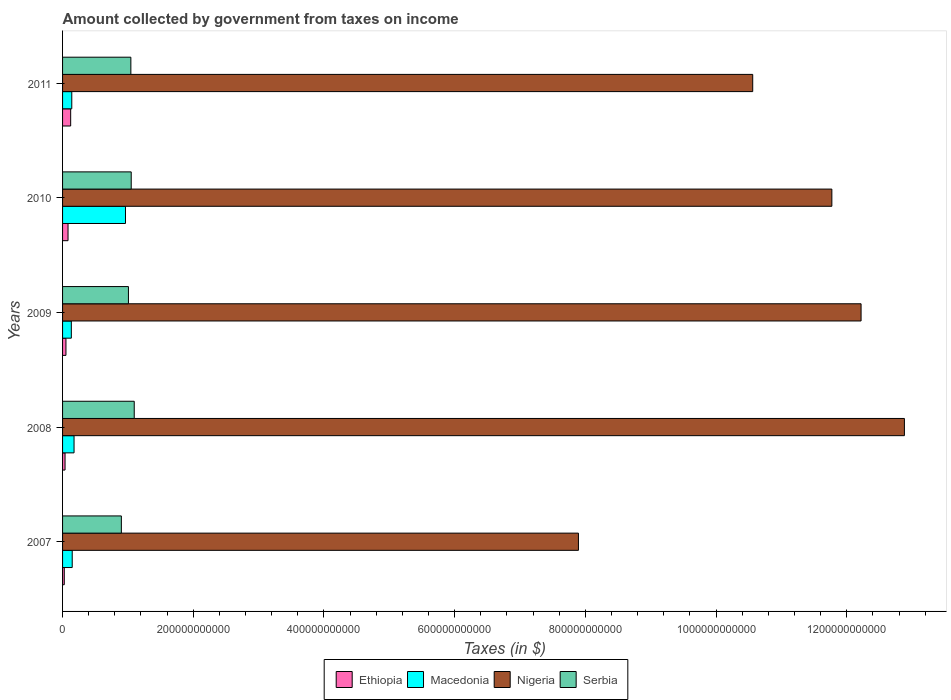
| Years | Ethiopia | Macedonia | Nigeria | Serbia |
 | --- | --- | --- | --- | --- |
 | 2007 | 2.64e+09 | 1.48e+10 | 7.89e+11 | 9e+10 |
 | 2008 | 3.8e+09 | 1.76e+10 | 1.29e+12 | 1.1e+11 |
 | 2009 | 5.19e+09 | 1.34e+10 | 1.22e+12 | 1.01e+11 |
 | 2010 | 8.35e+09 | 9.63e+10 | 1.18e+12 | 1.05e+11 |
 | 2011 | 1.24e+10 | 1.41e+10 | 1.06e+12 | 1.04e+11 |